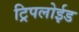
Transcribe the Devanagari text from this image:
ट्रिपलोईड